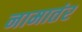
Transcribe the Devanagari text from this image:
नामातंर